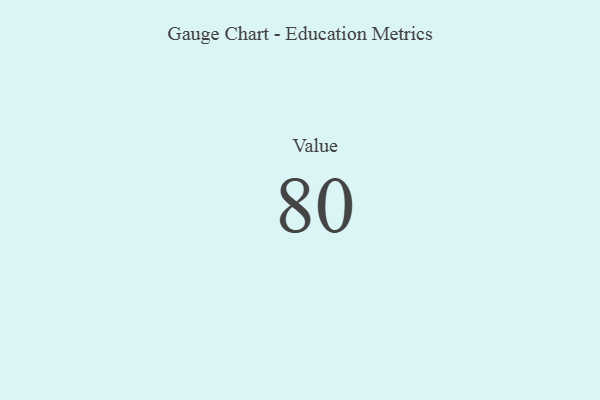
{"axis": {"x": "Metric", "y": "Value"}, "legend": [""], "data": [{"x": "Value", "y": 80, "type": ""}]}